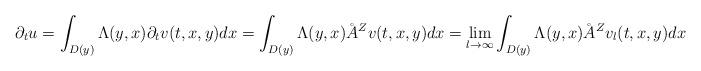
LaTeX: \begin{align*} \partial_t u = \int_{D(y)} \Lambda(y, x) \partial_t v(t, x, y) dx = \int_{D(y)} \Lambda(y, x) \AA^Z v(t, x, y) dx = \lim_{l \to \infty} \int_{D(y)} \Lambda(y, x) \AA^Z v_l(t, x, y) dx\end{align*}